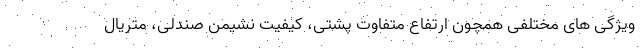
ویژگی های مختلفی همچون ارتفاع متفاوت پشتی، کیفیت نشیمن صندلی، متریال